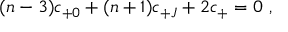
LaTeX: ( n - 3 ) c _ { + 0 } + ( n + 1 ) c _ { + J } + 2 c _ { + } = 0 \ ,